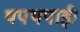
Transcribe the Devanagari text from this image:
थपथपाई।